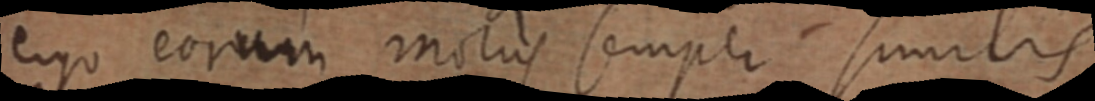
ergo eorum motus semper similis